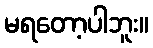
မရတော့ပါဘူး။